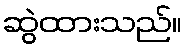
ဆွဲထားသည်။